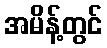
အမိန့်တွင်